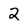
Character: 2